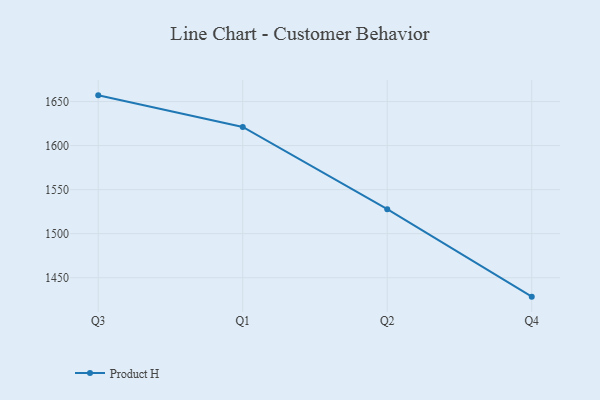
{"axis": {"x": "Quarter", "y": "Demand Index"}, "legend": ["Product H"], "data": [{"x": "Q3", "y": 1657.1, "type": "Product H"}, {"x": "Q1", "y": 1621.2, "type": "Product H"}, {"x": "Q2", "y": 1527.8, "type": "Product H"}, {"x": "Q4", "y": 1428.5, "type": "Product H"}]}